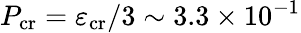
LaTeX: P_{\mathrm{cr}}=\varepsilon_{\mathrm{cr}}/3\sim 3.3\times 10^{-1}